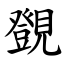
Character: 覴